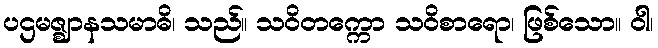
ပဌမဇ္ဈာနသမာဓိ၊ သည်။ သဝိတက္ကော သဝိစာရော၊ ဖြစ်သော။ ဝါ၊